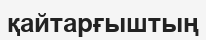
қайтарғыштың